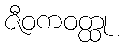
ဇီဝကဝတ္ထု